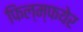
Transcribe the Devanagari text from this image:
फिल्म्फयेर